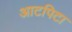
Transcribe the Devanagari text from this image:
आटपिटा